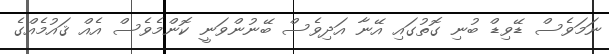
ނަމަވެސް ޑޭވިޑް ބުނި ގޮތުގައި އޭނާ އަދިވެސް ބޭނުންވަނީ ކޮންމެވެސް އެއް ޤައުމެއްގެ